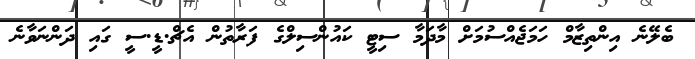
ބެލޭނެ އިންތިޒާމް ހަމަޖެއްސުމަށް މާދަމާ ސިޓީ ކައުންސިލްގެ ފަރާތުން އެޗް.ޑީ.ސީ ގައި ދަންނަވާނެ